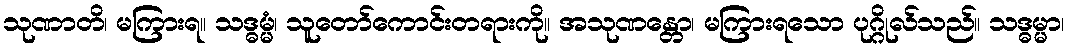
သုဏာတိ၊ မကြားရ။ သဒ္ဓမ္မံ၊ သူတော်ကောင်းတရားကို။ အသုဏန္တော၊ မကြားရသော ပုဂ္ဂိုလ်သည်။ သဒ္ဓမ္မာ၊